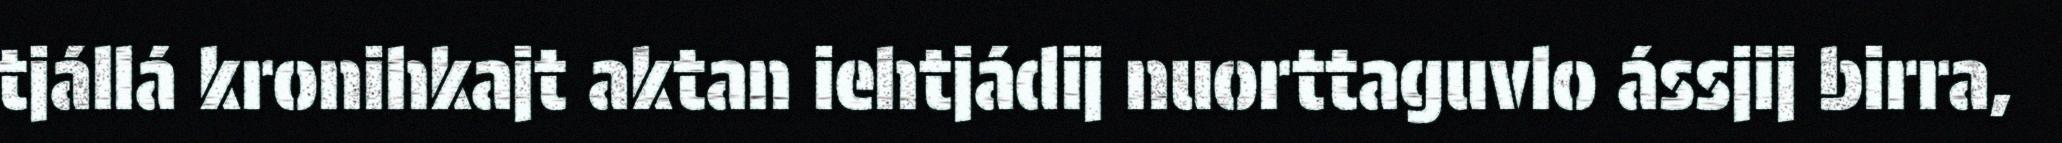
tjállá kronihkajt aktan iehtjádij nuorttaguvlo ássjij birra,